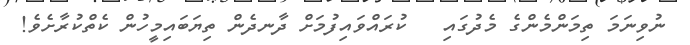
ނުވިނަމަ ތިމަންމެންގެ މެދުގައި   ކުރައްވައިފުމަށް ދާނދެން ތިޔަބައިމީހުން ކެތްކުރާށެވެ!